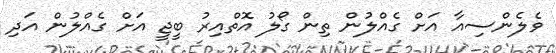
ވެލެންސިއާ އަށް ގެއްލުން ތިން ގޯލު އޮތްއިރު ބީޖީ އަށް ގެއްލުން އަދި